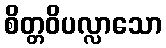
စိတ္တဝိပလ္လာသော